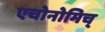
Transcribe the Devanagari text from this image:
एचोनोमिच्